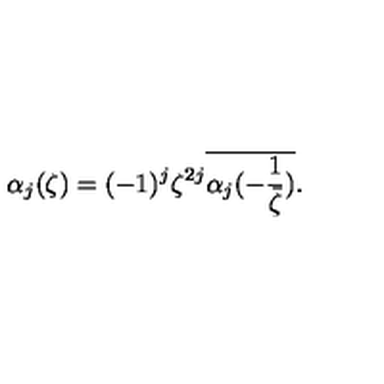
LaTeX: \alpha _ { j } ( \zeta ) = ( - 1 ) ^ { j } \zeta ^ { 2 j } \overline { { \alpha _ { j } ( - \frac { 1 } { \bar { \zeta } } ) } } .